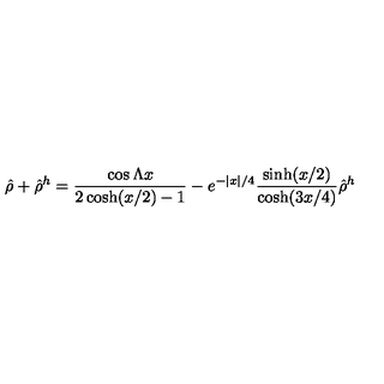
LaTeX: \hat { \rho } + \hat { \rho } ^ { h } = { \frac { \cos \Lambda x } { 2 \cosh ( x / 2 ) - 1 } } - e ^ { - | x | / 4 } { \frac { \sinh ( x / 2 ) } { \cosh ( 3 x / 4 ) } } \hat { \rho } ^ { h }